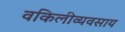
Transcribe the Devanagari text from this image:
वकिलीव्यवसाय